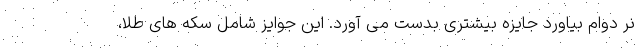
نر دوام بیاورد جایزه بیشتری بدست می آورد. این جوایز شامل سکه های طلا،